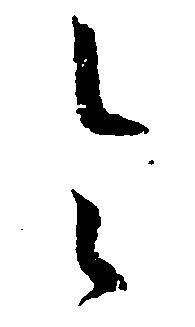
令